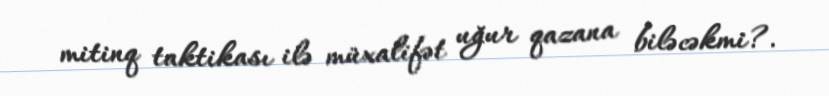
mitinq taktikası ilə müxalifət uğur qazana biləcəkmi?.